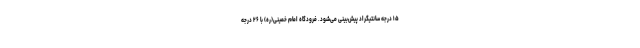
۱۵ درجه سانتیگراد پیش‌بینی می‌شود. فرودگاه امام خمینی(ره) با ۲۶ درجه